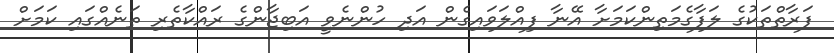
ފަރާތްތަކުގެ ލަފާގެމަތިންކަމަށާ އޭނާ ފިއްލަވައިގެން އަދި ހުންނެވީ އަބިޖާންގެ ރައްކާތެރި ތަނެއްގައި ކަމަށް